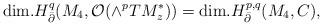
LaTeX: \begin{align*}{\rm dim.} H_{\bar \partial}^{q}(M_4,{\cal O}( \wedge^p TM^\ast_z ))= {\rm dim.} H_{\bar \partial}^{p,q}(M_4, C),\end{align*}